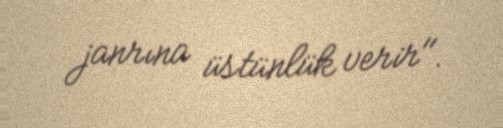
janrına üstünlük verir".